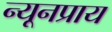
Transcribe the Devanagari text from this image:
न्यूनप्राय